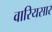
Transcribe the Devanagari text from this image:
वारियसार